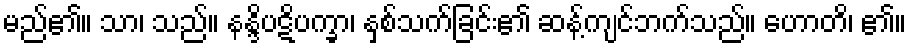
မည်၏။ သာ၊ သည်။ နန္ဒိပဋိပက္ခာ၊ နှစ်သက်ခြင်း၏ ဆန့်ကျင်ဘက်သည်။ ဟောတိ၊ ၏။